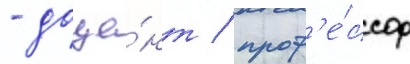
- доце́нт / проф'е́ссор